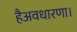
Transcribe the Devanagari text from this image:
हैअवधारणा।